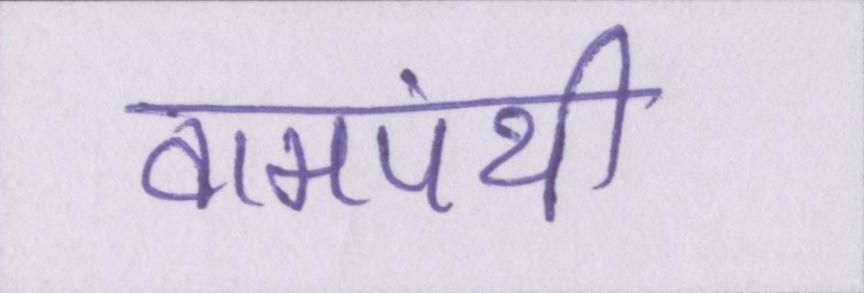
वामपंथी